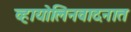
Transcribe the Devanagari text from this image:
व्हायोलिनवादनात